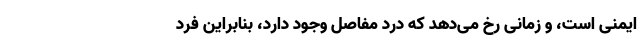
ایمنی است، و زمانی رخ می‌دهد که درد مفاصل وجود دارد، بنابراین فرد